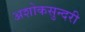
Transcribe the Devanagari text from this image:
अशोकसुन्दरी